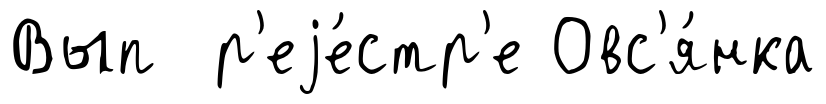
Вып р'еjе́стр'е Овс'я́нка